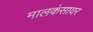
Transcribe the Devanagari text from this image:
मालकंसावर